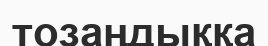
тозаңдыққа